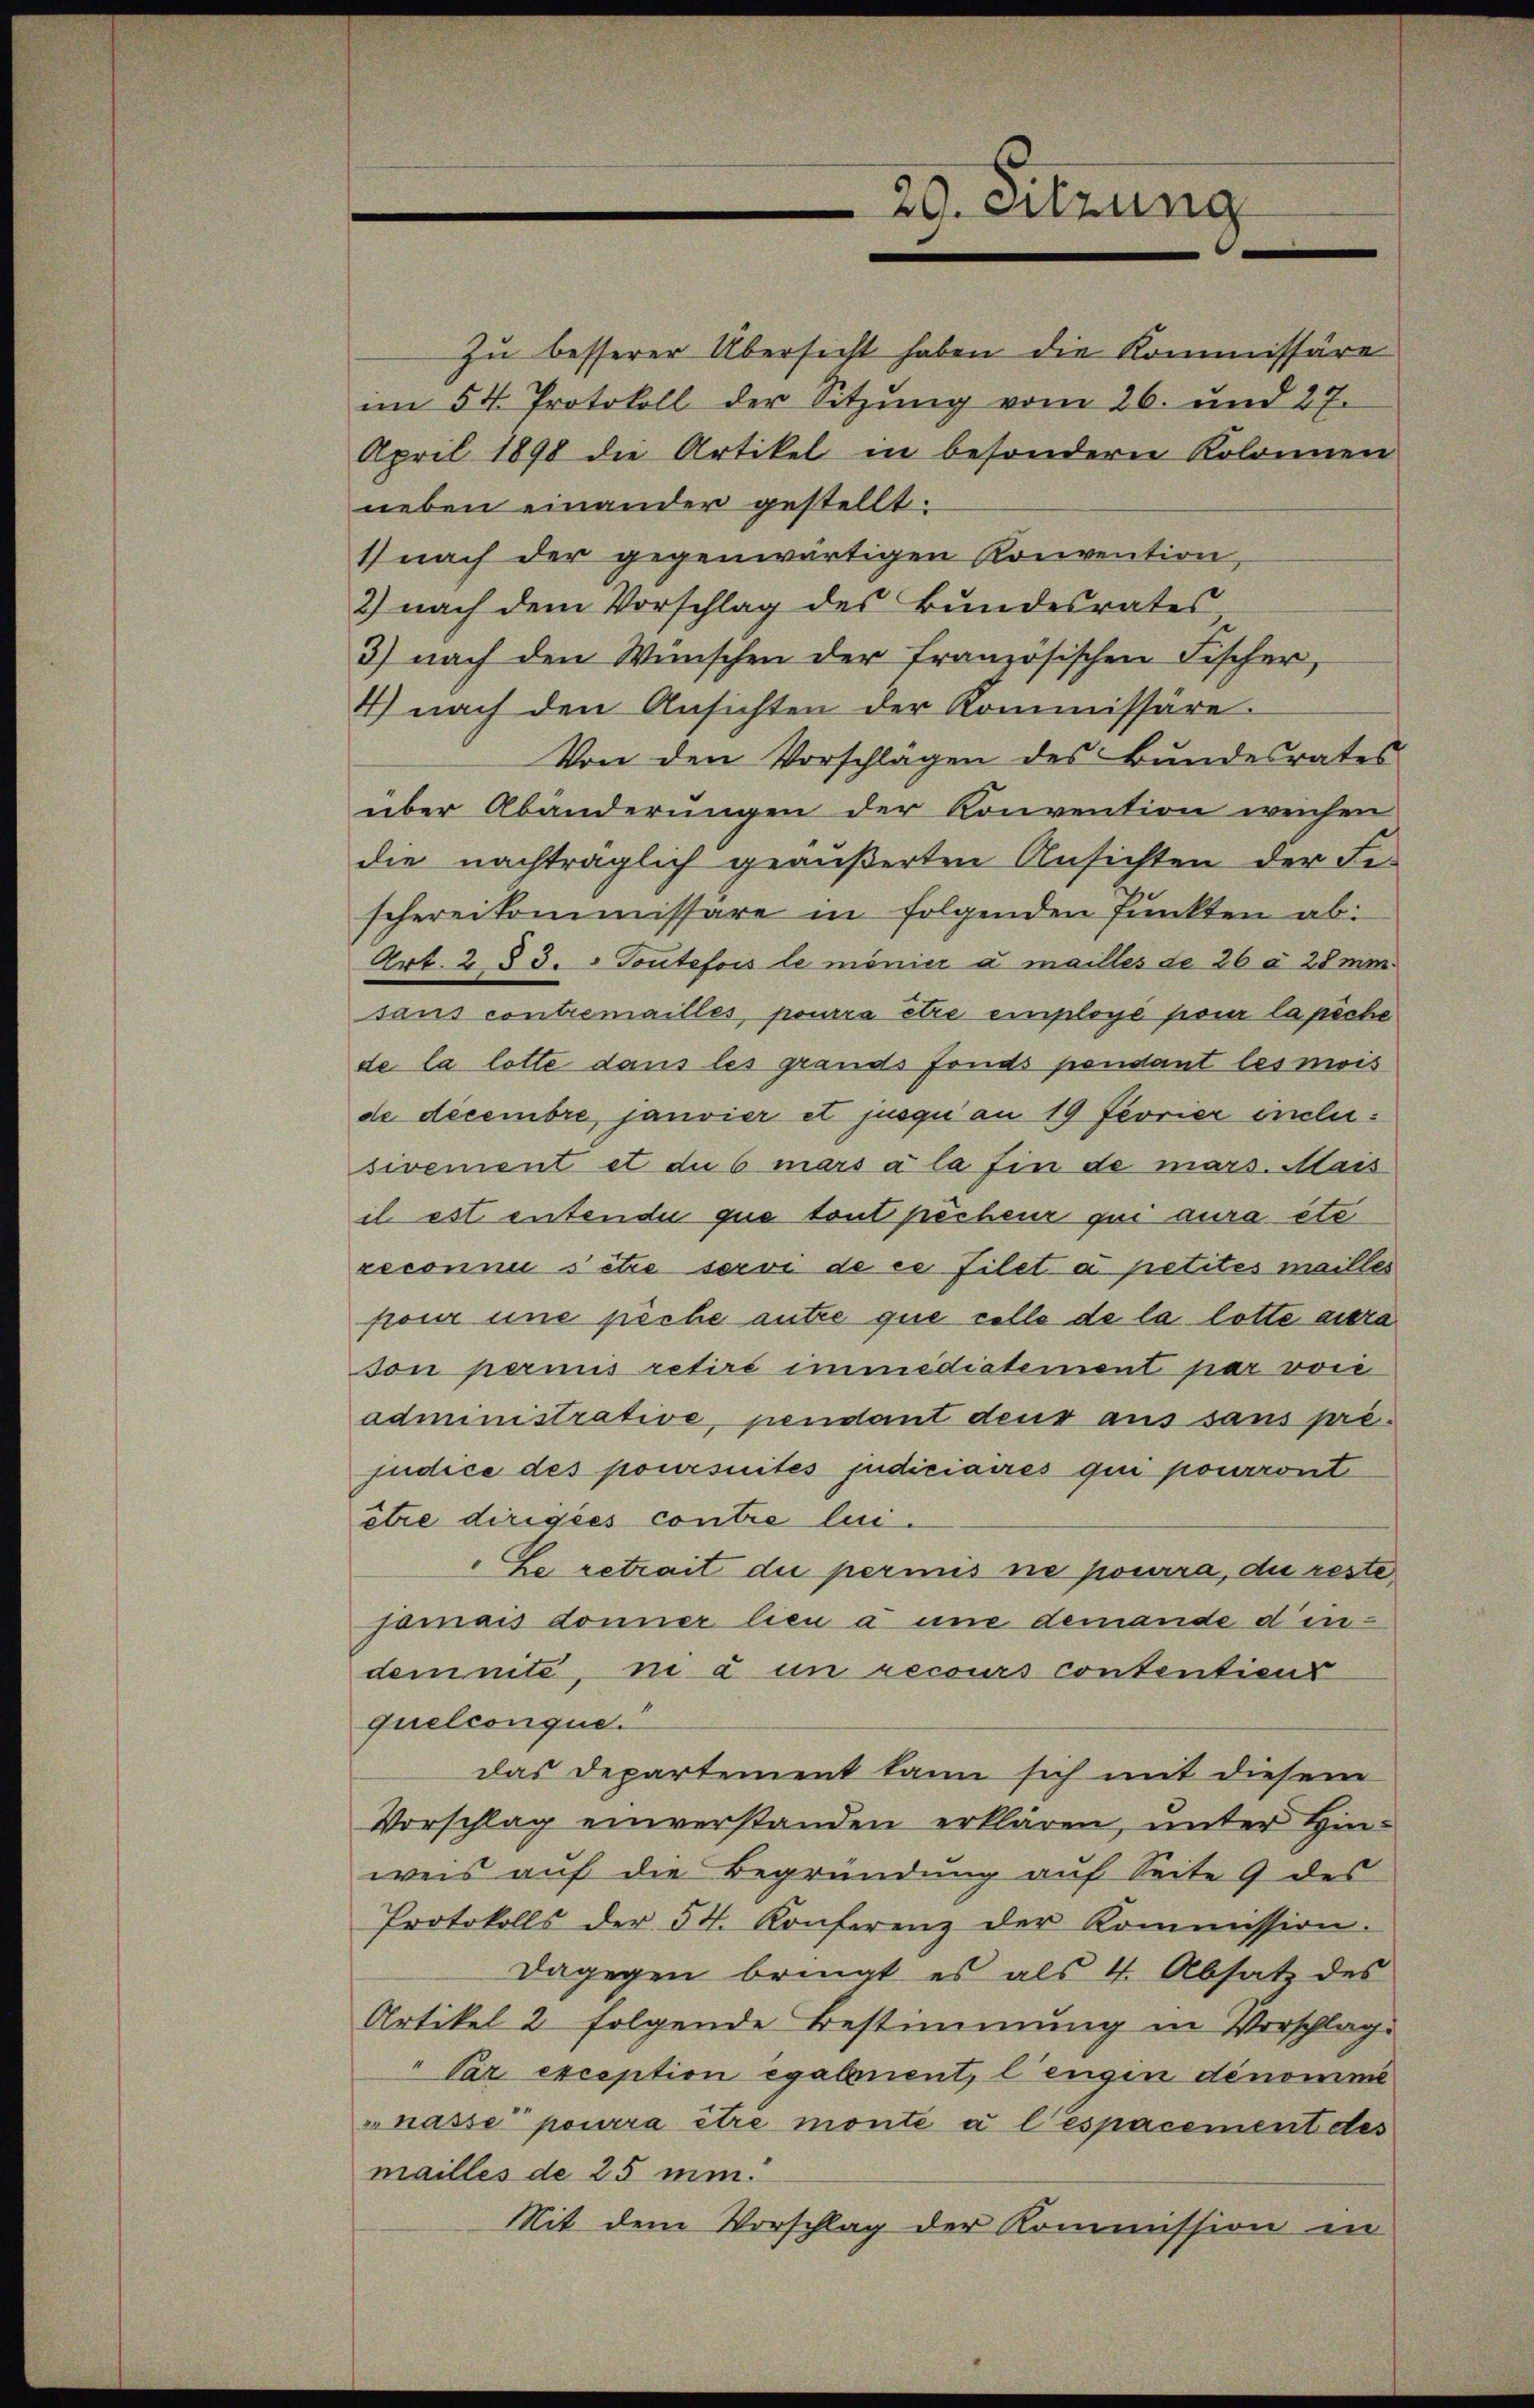
29. Sitzung

1) nach der gegenwärtigen Konvention,
2) nach dem Vorschlag des Bŭndesrates,
3) nach den Wünschen der französischen Fischer,
4) nach den Ansichten der Kommissäre.
Von den Vorschlägen des Bundesrates
über Abänderungen der Konvention weichen
die nachträglich geäußerten Ansichten der Fi-
schereikommissäre in folgenden Punkten ab:
Art. 2 § 3. Toutefois le monier a mailles de 26 à 28 mi
sans contremailles, pourra être employé pour la piche
de la lotte dans les grands fonds pendant les mois
de decembre, janvier et jusqu an 19 Feorier inclusivement et du 6 mars à la fin de mars. Mais
il est entende que tout pècheur qui aura été
reconnu setze servi de ce filet a petites mailles
four une piche autre que celle de la lotte aura
son permis retiré immediatement par vori
administrative, pendant deus aus sans pré-
judice des poursuites judiciaires qui pourront
être dirigées contre lui.
Le retrait die permis ne pourra, die reste
jamais donner lieu à une demande dindemnite, in à un recours contentiens
quelconque.“
das Departement kann sich mit diesem
Vorschlag einverstanden erklären, unter Hinweis auf die Begründung auf Seite 9 des
Protokolls der 54. Konferenz der Kommission.
Dagegen bringt es als 4. Absatz des
Artikel 2 folgende Bestimmung in Vorschlag.
" Par exception egahnent, lengen dénomme
urasse pourra être monte a lespacement des
mailles de 25 min.
Mit dem Vorschlag der Kommission in

zu besserer Übersicht haben die Kommissäre
im 54. Protokoll der Sitzung vom 26. und 27.
April 1898 die Artikel in besondern Kolonnen
neben einander gestellt.